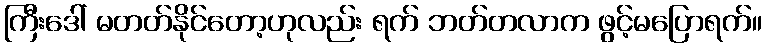
ကြီးဒေါ် မတတ်နိုင်တော့ဟုလည်း ရက် ဘတ်တလာက ဖွင့်မပြောရက်။